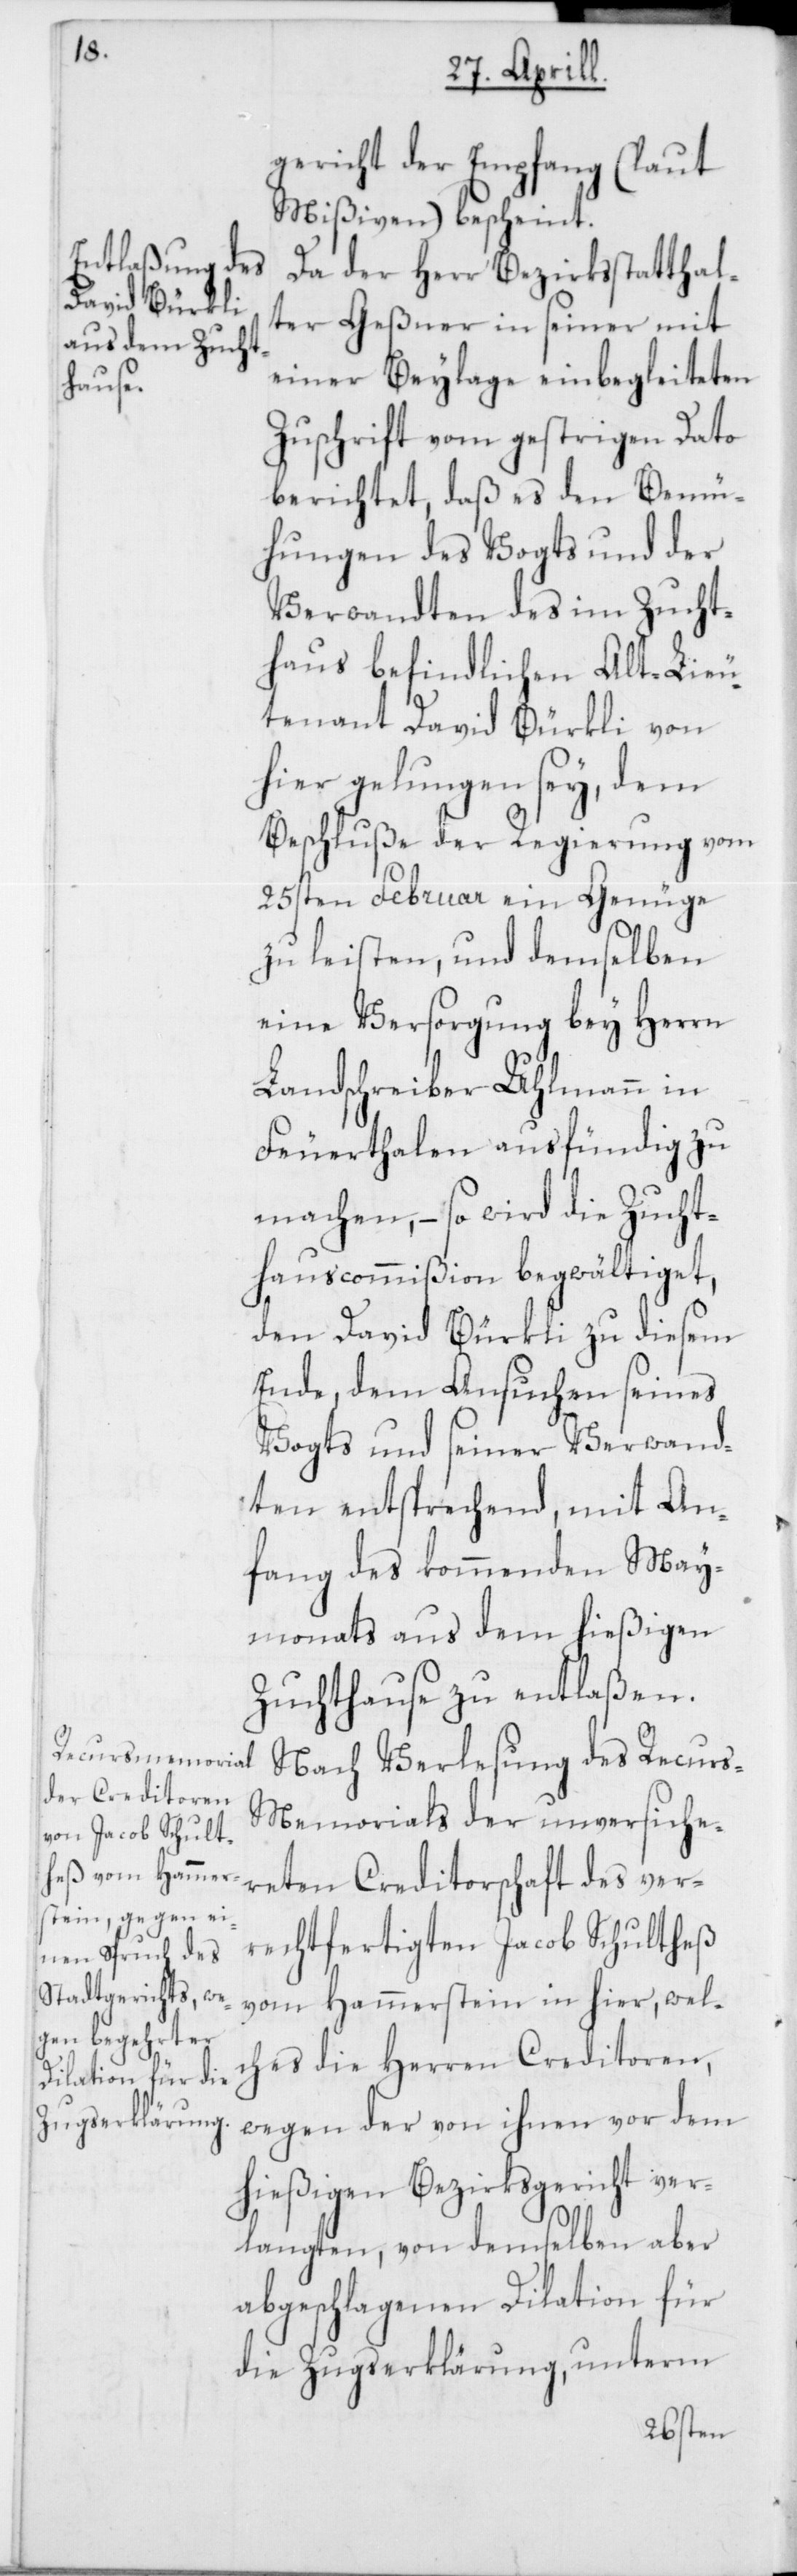
gericht der Empfang (laut
Mißiven) bescheint.
Da der Herr Bezirksstatthal¬
ter Geßner in seiner mit
einer Beylage einbegleiteten
Zuschrift vom gestrigen Dato
berichtet, daß es den Bemü¬
hungen des Vogts und der
Verwandten des im Zucht¬
haus befindlichen Alt-Lieu¬
tenant David Bürkli von
hier gelungen sey, dem
Beschluße der Regierung vom
25sten Februar ein Genüge
zu leisten, und demselben
eine Versorgung bey Herrn
Landschreiber Uhlmann in
Feuerthalen ausfündig zu
machen, – so wird die Zucht¬
hauscommißion begwältiget,
den David Bürkli zu diesem
Ende, dem Ansuchen seines
Vogts und seiner Verwand¬
ten entsprechend, mit An¬
fang des kommenden May¬
monats aus dem hießigen
Zuchthause zu entlaßen.
Nach Verlesung des Recur¬
s-Memorials der unversiche¬
reten Creditorschaft des ver¬
rechtfertigten Jacob Schultheß
vom Hammerstein in hier, wel¬
ches die Herren Creditoren,
wegen der von ihnen vor dem
hießigen Bezirksgericht ver¬
langten, von demselben aber
abgeschlagenen Dilation für
die Zugserklärung, unterm